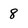
Character: 8